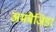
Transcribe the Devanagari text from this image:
अमबैजिडर